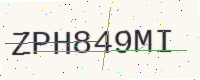
Text: ZPH849MI